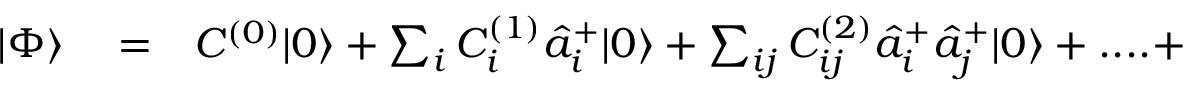
\begin{array} { r l r } { | \Phi \rangle } & { { } = } & { C ^ { ( 0 ) } | 0 \rangle + \sum _ { i } C _ { i } ^ { ( 1 ) } \hat { a } _ { i } ^ { + } | 0 \rangle + \sum _ { i j } C _ { i j } ^ { ( 2 ) } \hat { a } _ { i } ^ { + } \hat { a } _ { j } ^ { + } | 0 \rangle + . . . . + } \end{array}